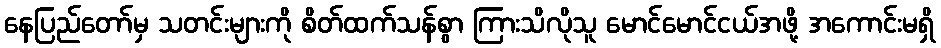
နေပြည်တော်မှ သတင်းများကို စိတ်ထက်သန်စွာ ကြားသိလိုသူ မောင်မောင်ငယ်အဖို့ အကောင်းမရှိ